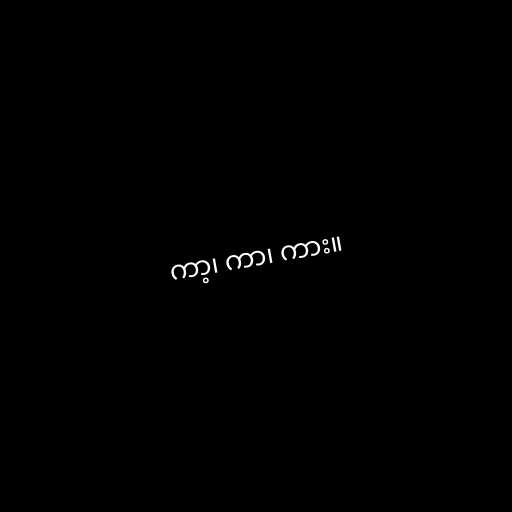
ကာ့၊ ကာ၊ ကား။